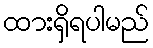
ထားရှိရပါမည်